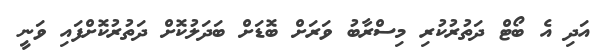
އަދި އެ ބޯޓް ދަތުރުކުރި މިސްރާބު ވަރަށް ބޮޑަށް ބަދަލުކޮށް ދަތުރުކޮށްފައި ވަނީ